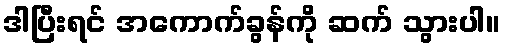
ဒါပြီးရင် အကောက်ခွန်ကို ဆက် သွားပါ။